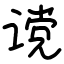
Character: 谠